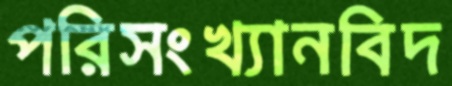
পরিসংখ্যানবিদ